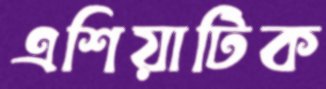
এশিয়াটিক